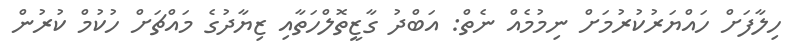
ހިލާފަށް ހައްޔަރުކުރުމަށް ނިމުމެއް ނެތް: އަބްދު ގާޒީތޮލްހަތާއި ޒިޔާދުގެ މައްޗަށް ހުކުމް ކުރުން